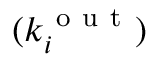
( k _ { i } ^ { \mathrm { ~ o ~ u ~ t ~ } } )